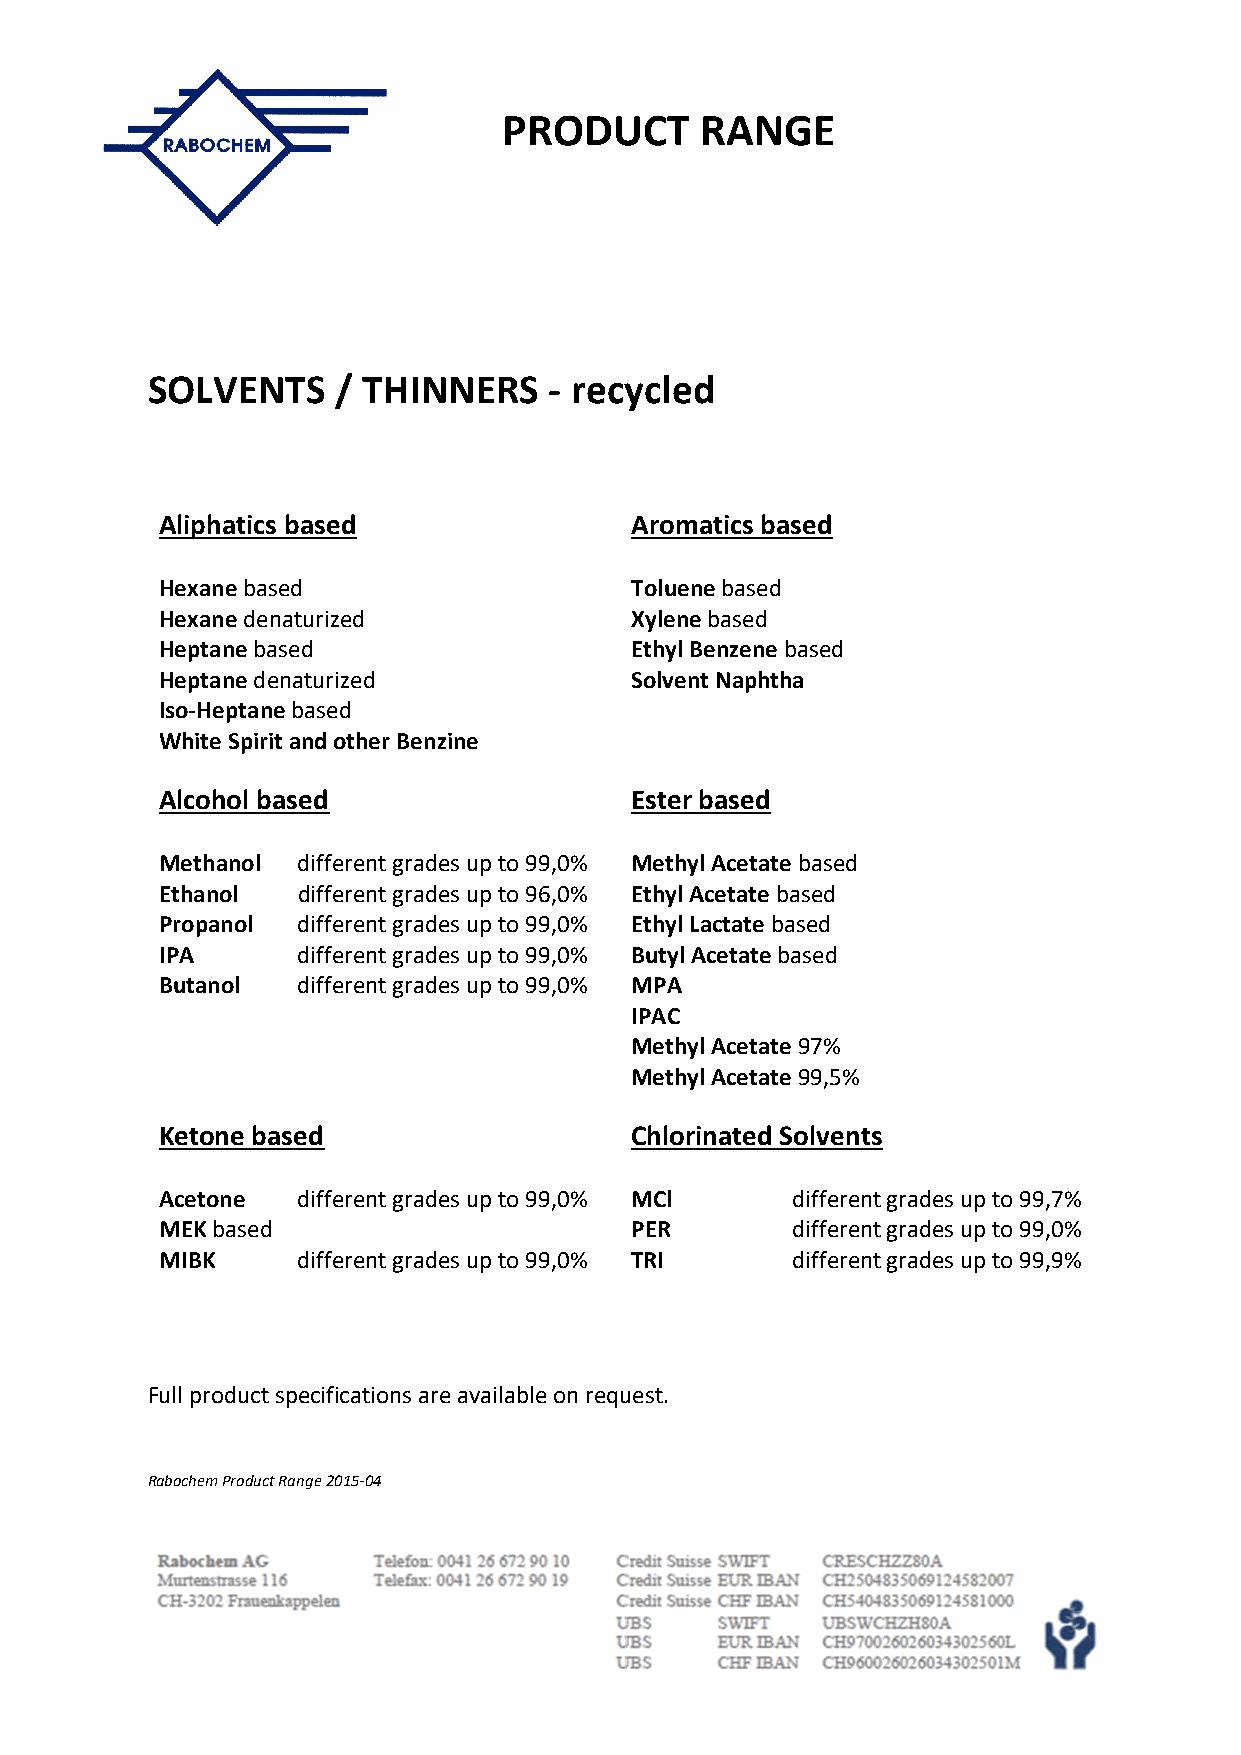
PRODUCT      RANGE
 SOLVENTS    / THINNERS    ‐ recycled
 Aliphatics based               Aromatics based
 Hexane based                   Toluene based
 Hexane denaturized             Xylene based
 Heptane based                  Ethyl Benzene based
 Heptane denaturized            Solvent Naphtha
 Iso‐Heptane based
 White Spirit and other Benzine
 Alcohol based                  Ester based
 Methanol different grades up to 99,0% Methyl Acetate based
 Ethanol  different grades up to 96,0% Ethyl Acetate based
 Propanol different grades up to 99,0% Ethyl Lactate based
 IPA      different grades up to 99,0% Butyl Acetate based
 Butanol  different grades up to 99,0% MPA
 IPAC
 Methyl Acetate 97%
 Methyl Acetate 99,5%
 Ketone based                   Chlorinated Solvents
 Acetone  different grades up to 99,0% MCl different grades up to 99,7%
 MEK based                      PER       different grades up to 99,0%
 MIBK     different grades up to 99,0% TRI different grades up to 99,9%
 Full product specifications are available on request.
 Rabochem Product Range 2015‐04